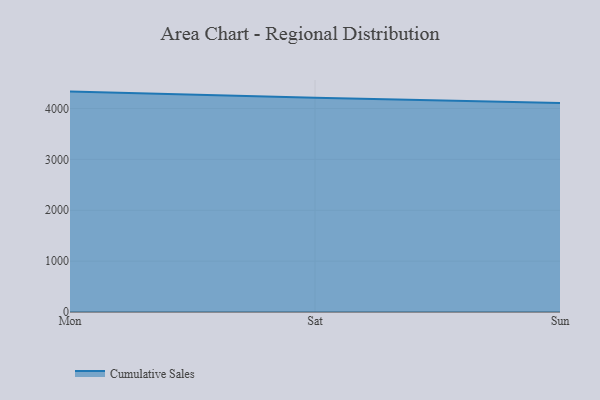
{"axis": {"x": "Day", "y": "Production Output"}, "legend": ["Cumulative Sales"], "data": [{"x": "Mon", "y": 4332.0, "type": "Cumulative Sales"}, {"x": "Sat", "y": 4209.9, "type": "Cumulative Sales"}, {"x": "Sun", "y": 4109.8, "type": "Cumulative Sales"}]}